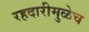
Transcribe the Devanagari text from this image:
रहदारीमुळेच